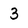
Character: 3